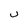
Character: u